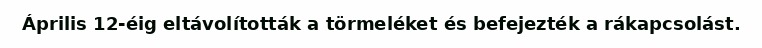
Április 12-éig eltávolították a törmeléket és befejezték a rákapcsolást.